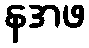
နအဖ